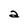
Character: a